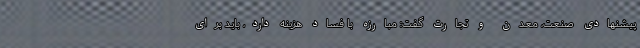
پیشنهادی صنعت، معدن و تجارت گفت: مبارزه با فساد هزینه دارد، باید برای